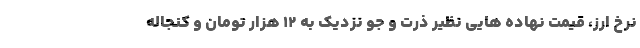
نرخ ارز، قیمت نهاده هایی نظیر ذرت و جو نزدیک به ۱۲ هزار تومان و کنجاله